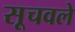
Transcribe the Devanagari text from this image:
सूचवले